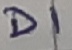
Text: D1